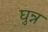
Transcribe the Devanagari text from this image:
घुन्न